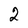
Character: 2